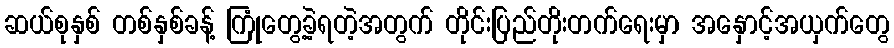
ဆယ်စုနှစ် တစ်နှစ်ခန့် ကြုံတွေ့ခဲ့ရတဲ့အတွက် တိုင်းပြည်တိုးတက်ရေးမှာ အနှောင့်အယှက်တွေ